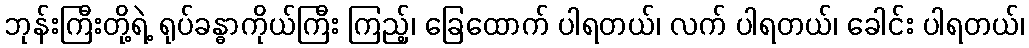
ဘုန်းကြီးတို့ရဲ့ ရုပ်ခန္ဓာကိုယ်ကြီး ကြည့်၊ ခြေထောက် ပါရတယ်၊ လက် ပါရတယ်၊ ခေါင်း ပါရတယ်၊